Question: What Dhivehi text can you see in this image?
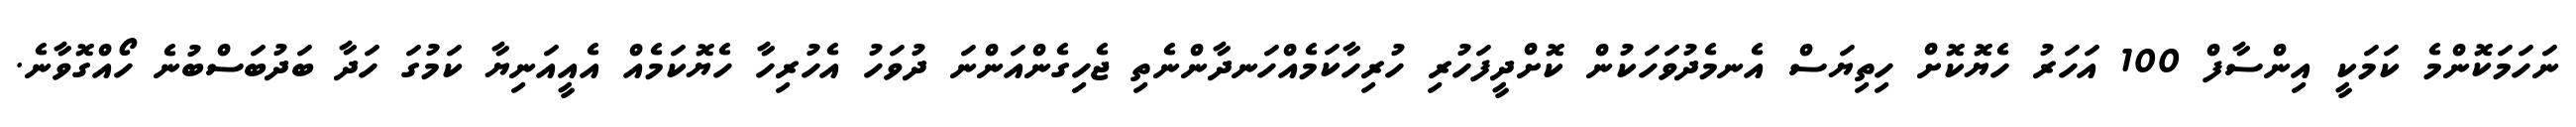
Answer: ނަހަމަކޮންމެ ކަމަކީ އިންސާފް 100 އަހަރު ހެޔޮކޮށް ހިތިޔަސް އެނމެދުވަހަކުން ކޮށްދީފަހުރި ހުރިހާކަމެއްހަނދާންނެތި ޖެހިގެންއަންނަ ދުވަހު އެހުރިހާ ހެޔޮކަމެއް އެއީއަނިޔާ ކަމުގަ ހަދާ ބަދުބަސްބުނެ ހޯއްގޮވާނެ.